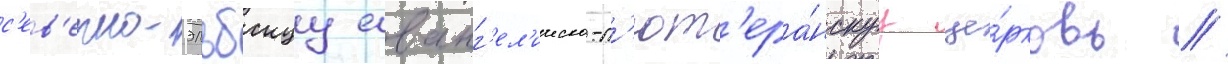
с'ев'ерно-эльбскуу еванг'ел'ическо-л'ют'ера́нскуу це́рковь //